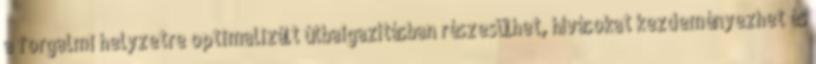
a forgalmi helyzetre optimalizált útbaigazításban részesülhet, hívásokat kezdeményezhet és